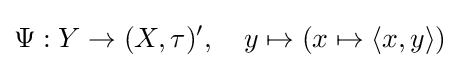
\Psi :Y\to (X,\tau )',\quad y\mapsto (x\mapsto \langle x,y\rangle )